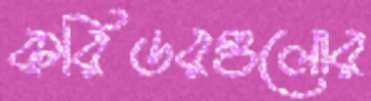
করিডরগুলোর